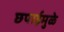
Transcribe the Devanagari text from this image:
छपाईमुळे